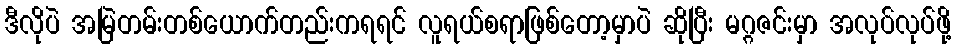
ဒီလိုပဲ အမြဲတမ်းတစ်ယောက်တည်းကရရင် လူရယ်စရာဖြစ်တော့မှာပဲ ဆိုပြီး မဂ္ဂဇင်းမှာ အလုပ်လုပ်ဖို့